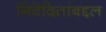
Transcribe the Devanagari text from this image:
निवेदितांबद्दल